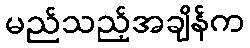
မည်သည့်အချိန်က